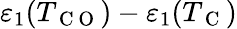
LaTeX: \varepsilon_{1}(T_{\mathrm{~C~O~}})-\varepsilon_{1}(T_{\mathrm{~C~}})